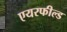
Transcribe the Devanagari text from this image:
एयरफील्‍ड